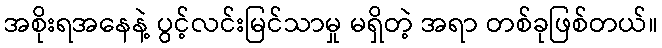
အစိုးရအနေနဲ့ ပွင့်လင်းမြင်သာမှု မရှိတဲ့ အရာ တစ်ခုဖြစ်တယ်။